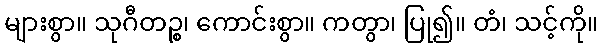
များစွာ။ သုဂီတဉ္စ၊ ကောင်းစွာ။ ကတွာ၊ ပြု၍။ တံ၊ သင့်ကို။